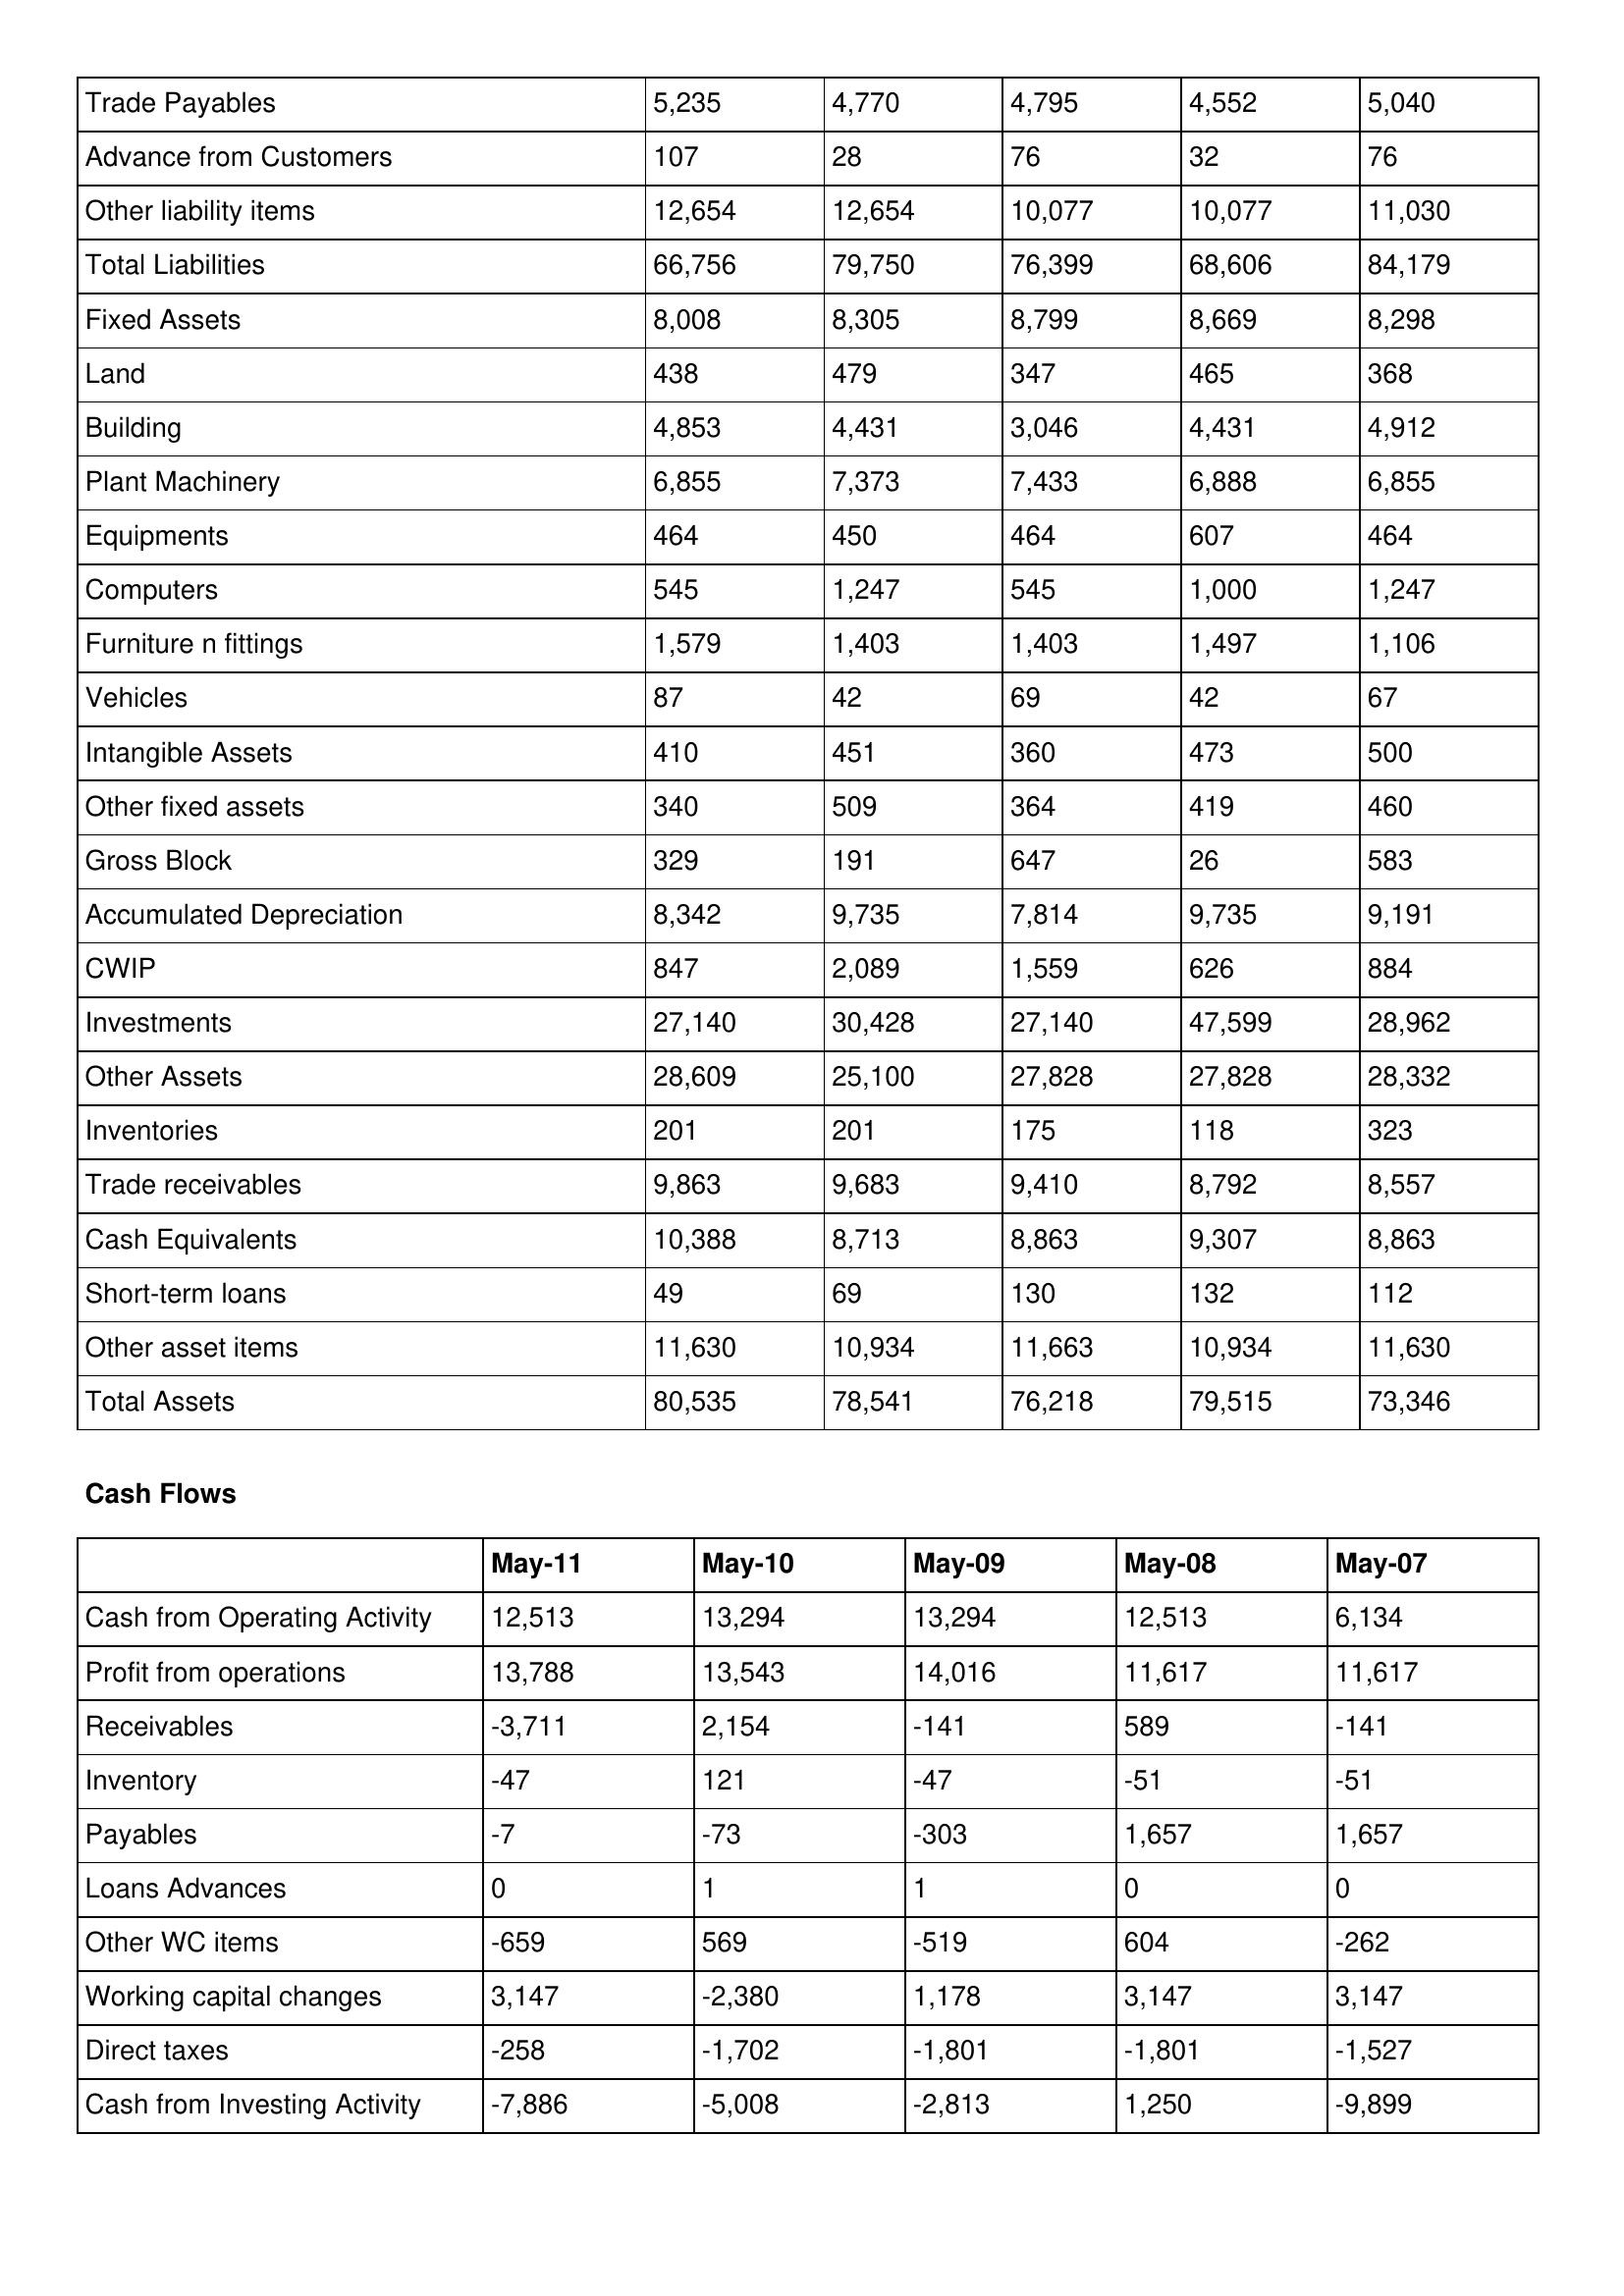
gt_parse: May-11: Balance Sheet: Trade Payables: 5,235
Advance from Customers: 107
Other liability items: 12,654
Total Liabilities: 66,756
Fixed Assets: 8,008
Land: 438
Building: 4,853
Plant Machinery: 6,855
Equipments: 464
Computers: 545
Furniture n fittings: 1,579
Vehicles: 87
Intangible Assets: 410
Other fixed assets: 340
Gross Block: 329
Accumulated Depreciation: 8,342
CWIP: 847
Investments: 27,140
Other Assets: 28,609
Inventories: 201
Trade receivables: 9,863
Cash Equivalents: 10,388
Short-term loans: 49
Other asset items: 11,630
Total Assets: 80,535
Cash Flows: Cash from Operating Activity: 12,513
Profit from operations: 13,788
Receivables: -3,711
Inventory: -47
Payables: -7
Loans Advances: 0
Other WC items: -659
Working capital changes: 3,147
Direct taxes: -258
Cash from Investing Activity: -7,886
May-10: Balance Sheet: Trade Payables: 4,770
Advance from Customers: 28
Other liability items: 12,654
Total Liabilities: 79,750
Fixed Assets: 8,305
Land: 479
Building: 4,431
Plant Machinery: 7,373
Equipments: 450
Computers: 1,247
Furniture n fittings: 1,403
Vehicles: 42
Intangible Assets: 451
Other fixed assets: 509
Gross Block: 191
Accumulated Depreciation: 9,735
CWIP: 2,089
Investments: 30,428
Other Assets: 25,100
Inventories: 201
Trade receivables: 9,683
Cash Equivalents: 8,713
Short-term loans: 69
Other asset items: 10,934
Total Assets: 78,541
Cash Flows: Cash from Operating Activity: 13,294
Profit from operations: 13,543
Receivables: 2,154
Inventory: 121
Payables: -73
Loans Advances: 1
Other WC items: 569
Working capital changes: -2,380
Direct taxes: -1,702
Cash from Investing Activity: -5,008
May-09: Balance Sheet: Trade Payables: 4,795
Advance from Customers: 76
Other liability items: 10,077
Total Liabilities: 76,399
Fixed Assets: 8,799
Land: 347
Building: 3,046
Plant Machinery: 7,433
Equipments: 464
Computers: 545
Furniture n fittings: 1,403
Vehicles: 69
Intangible Assets: 360
Other fixed assets: 364
Gross Block: 647
Accumulated Depreciation: 7,814
CWIP: 1,559
Investments: 27,140
Other Assets: 27,828
Inventories: 175
Trade receivables: 9,410
Cash Equivalents: 8,863
Short-term loans: 130
Other asset items: 11,663
Total Assets: 76,218
Cash Flows: Cash from Operating Activity: 13,294
Profit from operations: 14,016
Receivables: -141
Inventory: -47
Payables: -303
Loans Advances: 1
Other WC items: -519
Working capital changes: 1,178
Direct taxes: -1,801
Cash from Investing Activity: -2,813
May-08: Balance Sheet: Trade Payables: 4,552
Advance from Customers: 32
Other liability items: 10,077
Total Liabilities: 68,606
Fixed Assets: 8,669
Land: 465
Building: 4,431
Plant Machinery: 6,888
Equipments: 607
Computers: 1,000
Furniture n fittings: 1,497
Vehicles: 42
Intangible Assets: 473
Other fixed assets: 419
Gross Block: 26
Accumulated Depreciation: 9,735
CWIP: 626
Investments: 47,599
Other Assets: 27,828
Inventories: 118
Trade receivables: 8,792
Cash Equivalents: 9,307
Short-term loans: 132
Other asset items: 10,934
Total Assets: 79,515
Cash Flows: Cash from Operating Activity: 12,513
Profit from operations: 11,617
Receivables: 589
Inventory: -51
Payables: 1,657
Loans Advances: 0
Other WC items: 604
Working capital changes: 3,147
Direct taxes: -1,801
Cash from Investing Activity: 1,250
May-07: Balance Sheet: Trade Payables: 5,040
Advance from Customers: 76
Other liability items: 11,030
Total Liabilities: 84,179
Fixed Assets: 8,298
Land: 368
Building: 4,912
Plant Machinery: 6,855
Equipments: 464
Computers: 1,247
Furniture n fittings: 1,106
Vehicles: 67
Intangible Assets: 500
Other fixed assets: 460
Gross Block: 583
Accumulated Depreciation: 9,191
CWIP: 884
Investments: 28,962
Other Assets: 28,332
Inventories: 323
Trade receivables: 8,557
Cash Equivalents: 8,863
Short-term loans: 112
Other asset items: 11,630
Total Assets: 73,346
Cash Flows: Cash from Operating Activity: 6,134
Profit from operations: 11,617
Receivables: -141
Inventory: -51
Payables: 1,657
Loans Advances: 0
Other WC items: -262
Working capital changes: 3,147
Direct taxes: -1,527
Cash from Investing Activity: -9,899